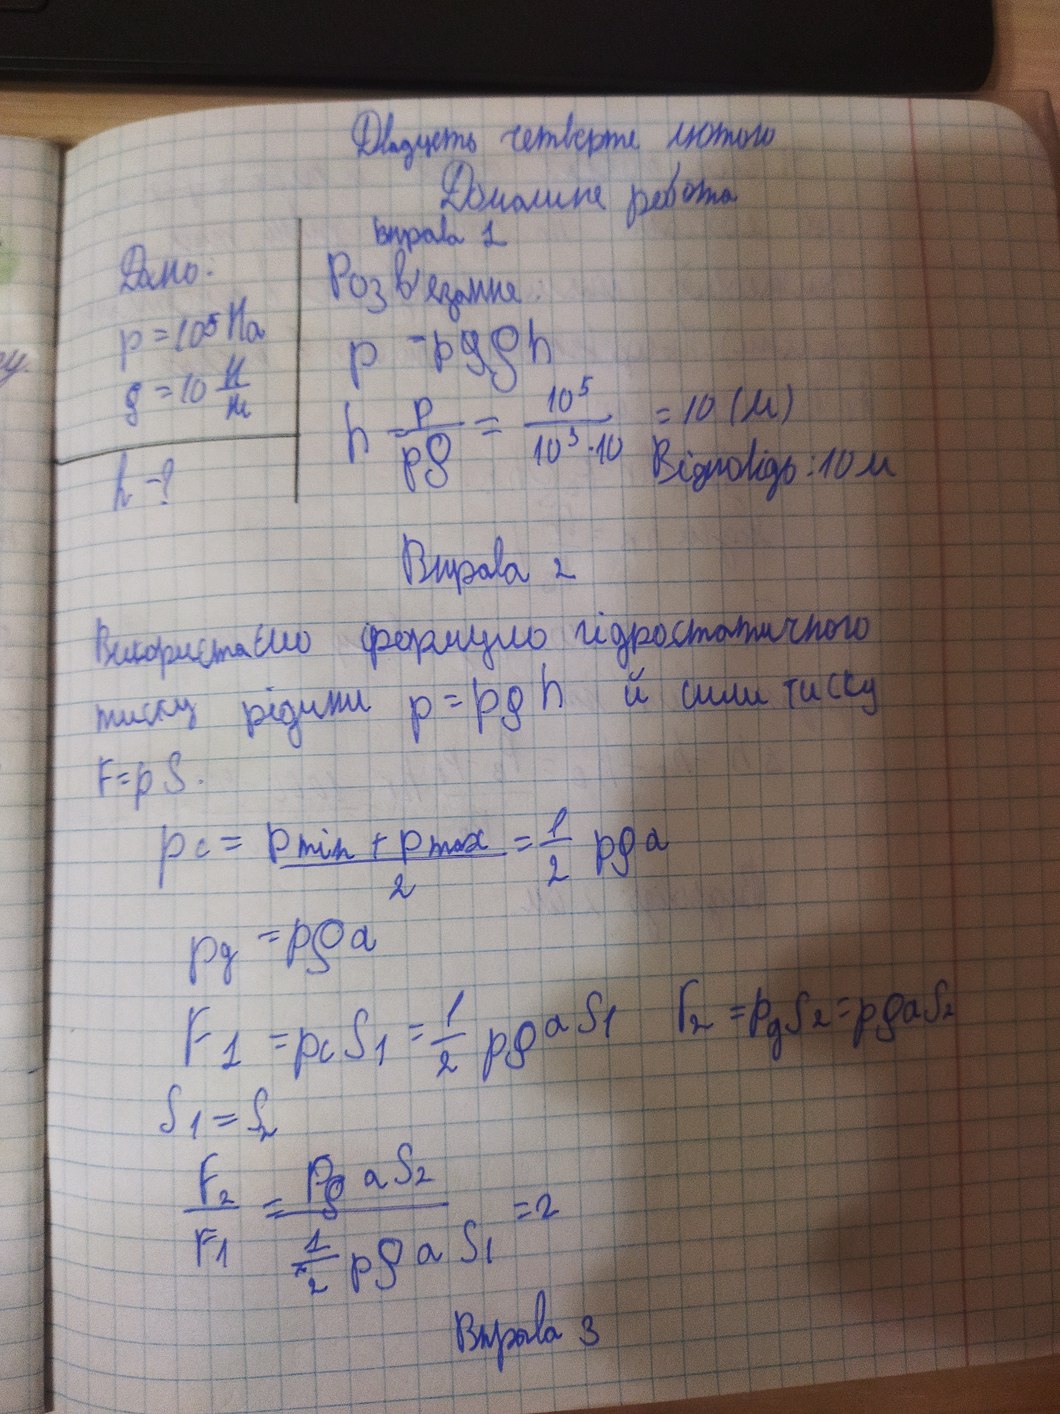
Двадцять четверте лютого
Домашня робота
вправа 1
Дано.
Розв'язання:
p = 10⁵ Na
p = p~~д~~gh
ρ = 10 N/m
h = p / p g = 10⁵ / 10³ ‧ 10 = 10 (м)
Відповідь: 10 м
h - ?
Вправа 2
Використаємо формулу гідростатичного
тиску рідини p = pgh й сили тиску
F = p S.
p_c = \frac{p_{min} + p_{max}}{2} = \frac{1}{2} p \rho a
p_g = p \rho a
F_1 = p_c S_1 = \frac{1}{2} \rho g a S_1 \quad Г_2 = p_g S_2 = \rho g a S_2
S₁ = S₂
\frac{F_2}{F_1} = \frac{p g a S_2}{\frac{1}{2} p g a S_1} = 2
Вправа 3